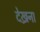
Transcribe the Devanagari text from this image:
देख्रना